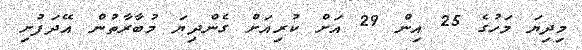
މިދިޔަ މަހުގެ 25 އިން 29 އަށް ކުރިއަށް ގެންދިޔަ މުބާރާތުން އޭދަފުށި